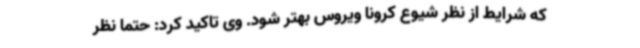
که شرایط از نظر شیوع کرونا ویروس بهتر شود. وی تاکید کرد: حتماً نظر